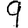
Digit: 9